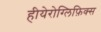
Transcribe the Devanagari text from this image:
हीयेरोग्लिफ़िक्स